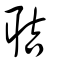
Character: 聐